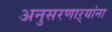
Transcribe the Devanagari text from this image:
अनुसरणाऱ्यांना